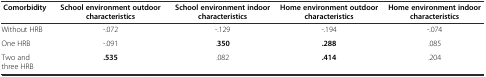
<table><thead><tr><td><b>Comorbidity</b></td><td><b>School environment outdoor characteristics</b></td><td><b>School environment indoor characteristics</b></td><td><b>Home environment outdoor characteristics</b></td><td><b>Home environment indoor characteristics</b></td></tr></thead><tbody><tr><td>Without HRB</td><td>-.072</td><td>-.129</td><td>-.194</td><td>-.074</td></tr><tr><td>One HRB</td><td>-.091</td><td>.<b>350</b></td><td><b>.288</b></td><td>.085</td></tr><tr><td>Two and three HRB</td><td><b>.535</b></td><td>.082</td><td><b>.414</b></td><td>.204</td></tr></tbody></table>